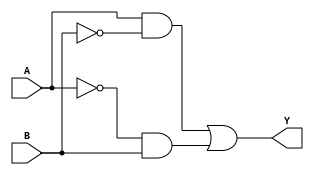
module xor_gate(
    input A, 
    input B, 
    output Y
);

wire A_bar;
assign A_bar = ~A;

wire B_bar;
assign B_bar = ~B;

assign Y = (A && B_bar) || (A_bar && B);

endmodule